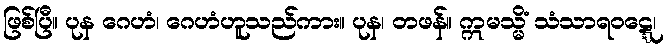
ဖြစ်ပြီ။ ပုန ဂေဟံ၊ ဂေဟံဟူသည်ကား။ ပုန၊ တဖန်။ ဣမသ္မိံ သံသာရဝဋ္ဋေ၊